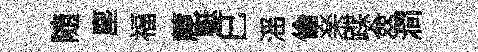
随塵福麓蜓巳滛倫楽蹀僉澗